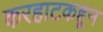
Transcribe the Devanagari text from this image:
करहाटकहून